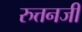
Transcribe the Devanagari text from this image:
रुत्तनजी